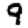
Digit: 9